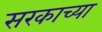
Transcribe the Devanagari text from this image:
सरकाच्या